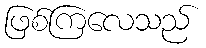
ဖြစ်ကြလေသည်